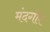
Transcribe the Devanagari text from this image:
मंदगोर